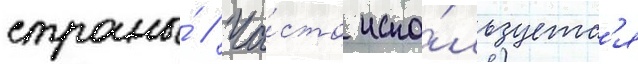
страны́ // Ча́сто испо́льзуетс'я